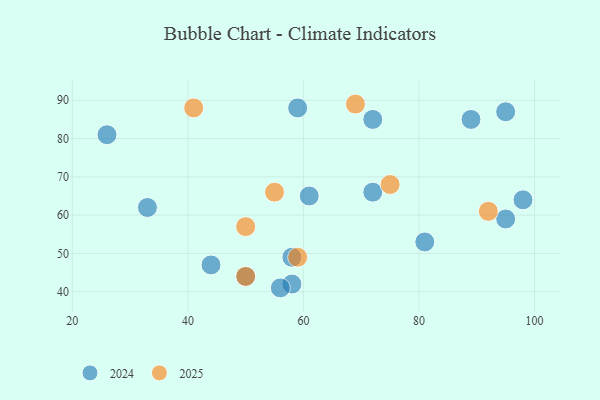
{"axis": {"x": "GDP", "y": "Life Expectancy"}, "legend": ["2024", "2025"], "data": [{"x": "92", "y": 61, "type": "2025"}, {"x": "50", "y": 57, "type": "2025"}, {"x": "59", "y": 49, "type": "2025"}, {"x": "50", "y": 44, "type": "2025"}, {"x": "55", "y": 66, "type": "2025"}, {"x": "41", "y": 88, "type": "2025"}, {"x": "69", "y": 89, "type": "2025"}, {"x": "75", "y": 68, "type": "2025"}, {"x": "59", "y": 88, "type": "2024"}, {"x": "89", "y": 85, "type": "2024"}, {"x": "98", "y": 64, "type": "2024"}, {"x": "81", "y": 53, "type": "2024"}, {"x": "72", "y": 85, "type": "2024"}, {"x": "95", "y": 59, "type": "2024"}, {"x": "50", "y": 44, "type": "2024"}, {"x": "58", "y": 42, "type": "2024"}, {"x": "72", "y": 66, "type": "2024"}, {"x": "95", "y": 87, "type": "2024"}, {"x": "33", "y": 62, "type": "2024"}, {"x": "26", "y": 81, "type": "2024"}, {"x": "58", "y": 49, "type": "2024"}, {"x": "56", "y": 41, "type": "2024"}, {"x": "44", "y": 47, "type": "2024"}, {"x": "61", "y": 65, "type": "2024"}]}